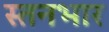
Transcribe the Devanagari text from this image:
स्तनभार